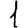
Digit: 1